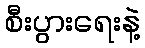
စီးပွားရေးနဲ့